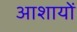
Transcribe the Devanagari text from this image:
आशायों